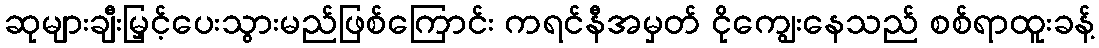
ဆုများချီးမြှင့်ပေးသွားမည်ဖြစ်ကြောင်း ကရင်နီအမှတ် ငိုကျွေးနေသည် စစ်ရာထူးခန့်